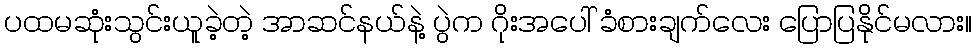
ပထမဆုံးသွင်းယူခဲ့တဲ့ အာဆင်နယ်နဲ့ ပွဲက ဂိုးအပေါ် ခံစားချက်လေး ပြောပြနိုင်မလား။